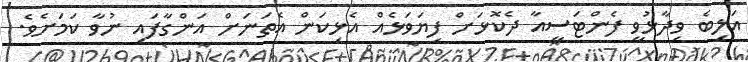
އަލިބެ ވިދާޅުވީ ފެންޓަސީއާ ދެކޮޅަށް ފިޔަވަޅެއް އެޅިކަން އެތަނަށް އަންގާފައި ނުވާ ކަމަށެވެ.